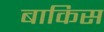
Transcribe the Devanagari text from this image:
बाकिस